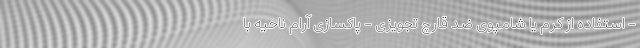
- استفاده از کرم یا شامپوی ضد قارچ تجویزی - پاکسازی آرام ناحیه با